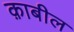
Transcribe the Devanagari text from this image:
क़ाबील